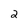
Character: 2